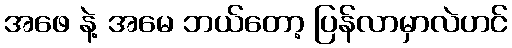
အဖေ နဲ့ အမေ ဘယ်တော့ ပြန်လာမှာလဲဟင်